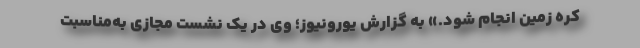
کره زمین انجام شود.» به گزارش یورونیوز؛ وی در یک نشست مجازی به‌مناسبت